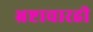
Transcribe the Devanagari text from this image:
भ्रष्टाचारही